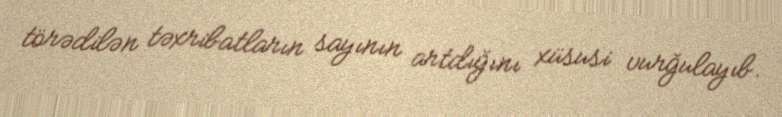
törədilən təxribatların sayının artdığını xüsusi vurğulayıb.